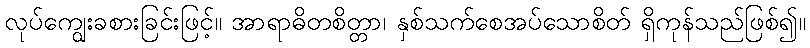
လုပ်ကျွေးခစားခြင်းဖြင့်။ အာရာဓိတစိတ္တာ၊ နှစ်သက်စေအပ်သောစိတ် ရှိကုန်သည်ဖြစ်၍။